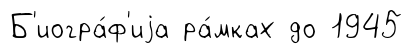
Б'иогра́ф'иjа ра́мках до 1945